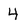
Character: 4